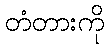
တံတားကို